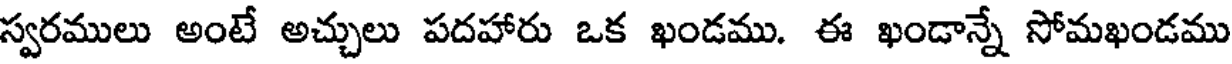
స్వరములు అంటే అచ్చులు పదహారు ఒక ఖండము. ఈ ఖండాన్నే సోమఖండము